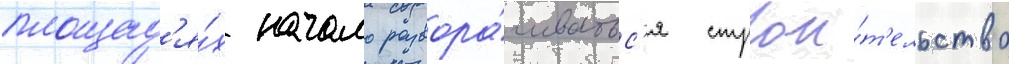
площад'я́х начало развора́чиватьс'я строи́т'ельство